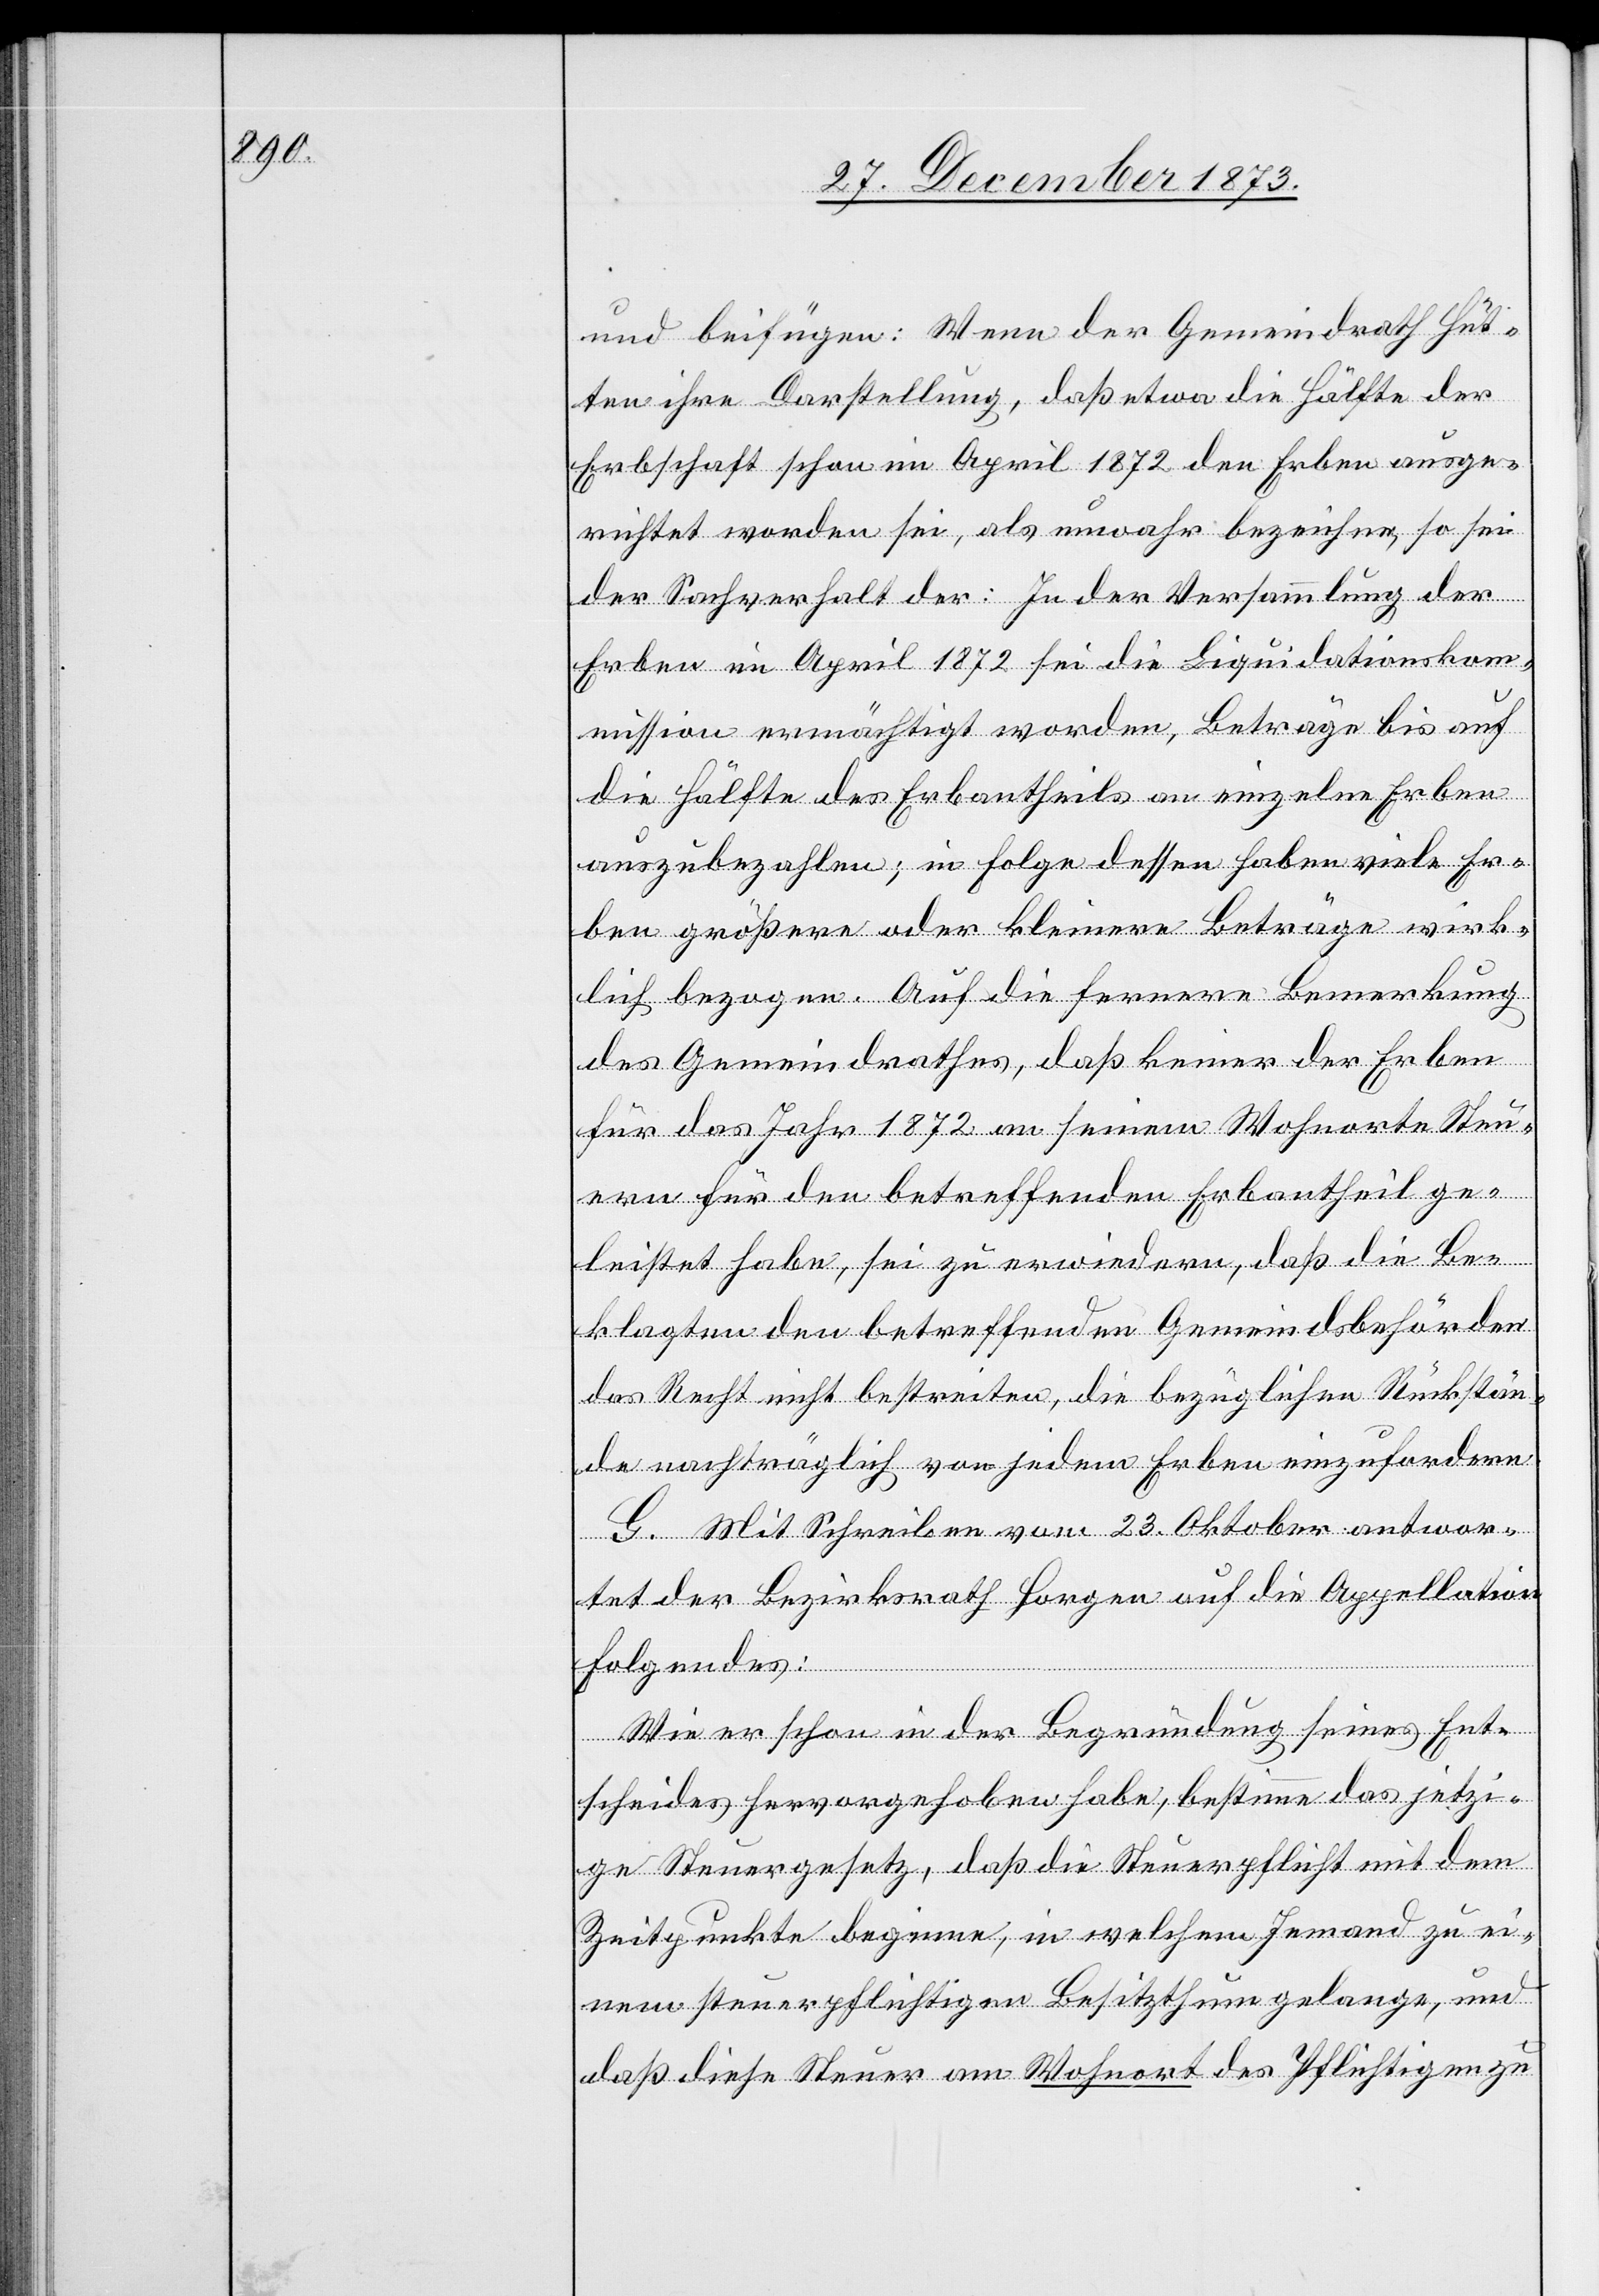
und beifügen: Wenn der Gemeindrath Hüt¬
ten ihre Darstellung, daß etwas die Hälfte der
Erbschaft schon im April 1872 den Erben ausge¬
richtet worden sei, als unwahr bezeichne, so sei
der Sachverhalt der: In der Versammlung der
Erben im April 1872 sei die Liquidationsko¬
mmission ermächtigt worden, Beträge bis auf
die Hälfte des Erbantheils an einzelne Erben
auszubezahlen; in Folge dessen haben viele Er¬
ben größere oder kleinere Beträge wirk¬
lich bezogen. Auf die fernere Bemerkung
des Gemeindrathes, daß keiner der Erben
für das Jahr 1872 an seinem Wohnorte Steu¬
ern für den betreffenden Erbantheil ge¬
leistet habe, sei zu erwiedern, daß die Be¬
klagten den betreffenden Gemeindsbehörden
das Recht nicht bestreiten, die bezüglichen Rückstän¬
de nachträglich von jedem Erben einzufordern.
G. Mit Schreiben vom 23. Oktober antwor¬
tet der Bezirksrath Horgen auf die Appellation
Folgendes:
Wie er schon in der Begründung seines Ent¬
scheides hervorgehoben habe, bestimme das jetzi¬
ge Steuergesetz, das die Steuerpflicht mit dem
Zeitpunkte beginne, in welchem Jemand zu ei¬
nem steuerpflichtigen Besitzthum gelange, und
daß diese Steuer am Wohnort des Pflichtigen zu